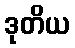
ဒုတိယ